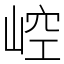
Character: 崆